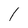
Character: 1